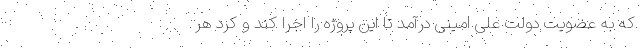
که به عضویت دولت علی امینی درآمد تا این پروژه را اجرا کند و کرد هر